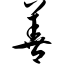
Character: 善